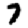
Digit: 7